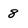
Character: 8